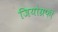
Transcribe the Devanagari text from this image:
जियोग्रफी